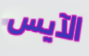
الآيس